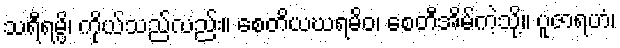
သရီရမ္ပိ၊ ကိုယ်သည်လည်း။ စေတိယဃရမိဝ၊ စေတီအိမ်ကဲ့သို့။ ပူဇာရဟံ၊